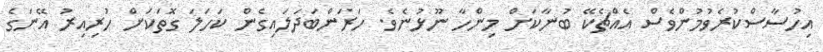
އިހުސާސްކުރެވުމުންވެސް އެއްޗެކޭ ބުނާކަށް މިންހާ ނޫޅުނެވެ. ހަރަންބަދަލައިގެން ކަހަލަ ގޮތަކަށް ހުރިއިރު އޭނަގެ